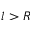
l > R